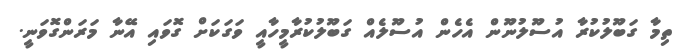
ތިމާ ގަބޫލުކުރާ އުސޫލުނޫން އެހެން އުސޫލެއް ގަބޫލުކުރާމީހާއީ ވަގަކަށް ގޮވައި އޭނާ މަރަންގޮވަނީ.